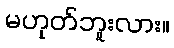
မဟုတ်ဘူးလား။